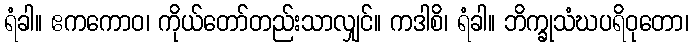
ရံခါ။ ဧကကောဝ၊ ကိုယ်တော်တည်းသာလျှင်။ ကဒါစိ၊ ရံခါ။ ဘိက္ခုသံဃပရိဝုတော၊